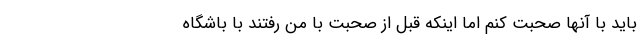
باید با آنها صحبت کنم اما اینکه قبل از صحبت با من رفتند با باشگاه